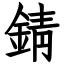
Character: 錆